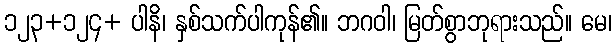
၁၂၃+၁၂၄+ ပါနိ၊ နှစ်သက်ပါကုန်၏။ ဘဂဝါ၊ မြတ်စွာဘုရားသည်။ မေ၊